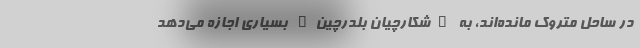
در ساحل متروک مانده‌اند، به "شکارچیان بلدرچین" بسیاری اجازه می‌دهد